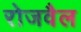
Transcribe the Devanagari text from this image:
रोजवैल